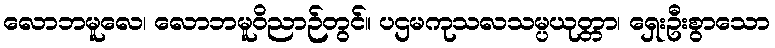
လောဘမူလေ၊ လောဘမူဝိညာဉ်တွင်။ ပဌမကုသလသမ္ပယုတ္တာ၊ ရှေးဦးစွာသော